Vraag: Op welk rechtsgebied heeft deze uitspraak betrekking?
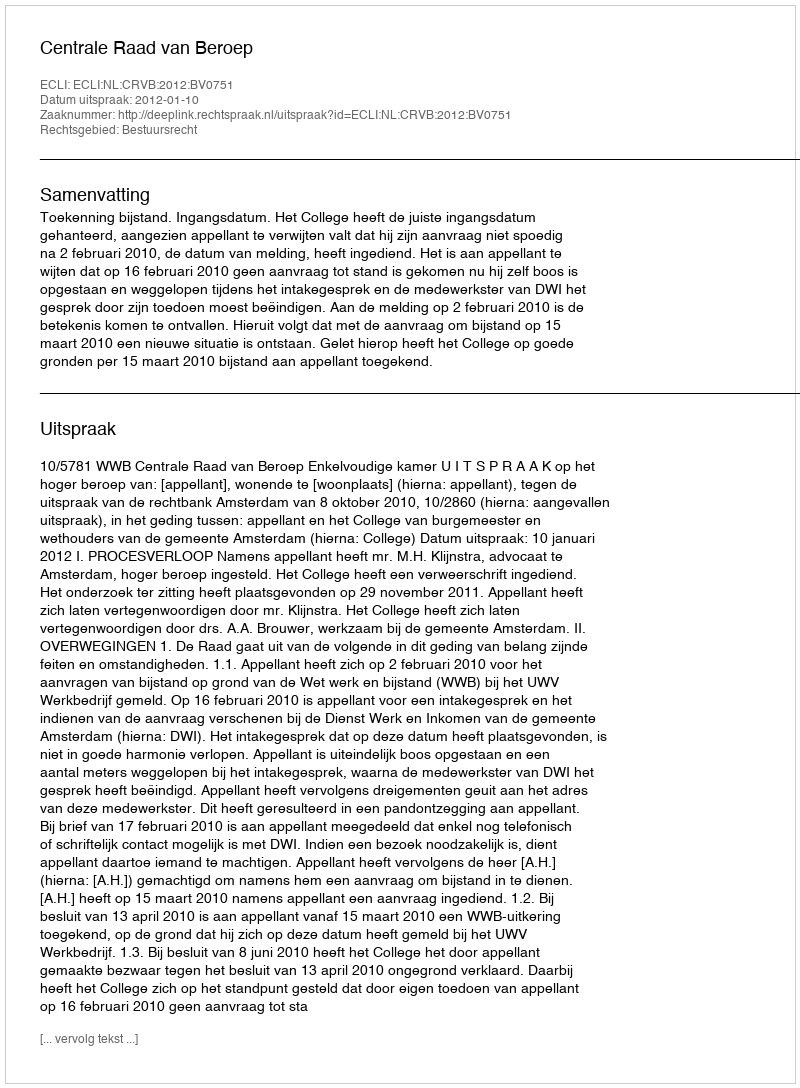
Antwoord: Bestuursrecht